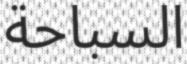
السباحة